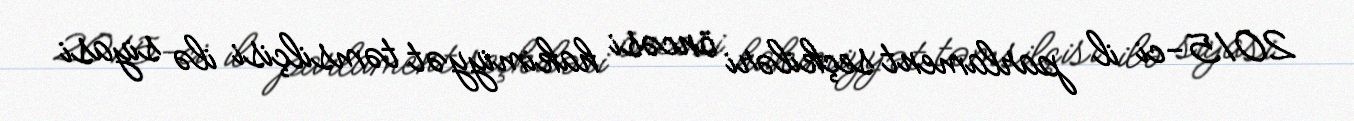
2015-ci il parlament seçkiləri öncəsi hakimiyyət təmsilçisi ilə siyasi